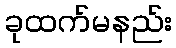
ခုထက်မနည်း